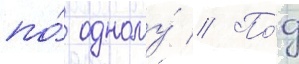
по́ одному́ // По́д